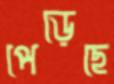
পেড়েছে